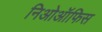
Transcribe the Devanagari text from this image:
निओऑफिस